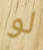
لو